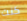
كنت